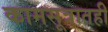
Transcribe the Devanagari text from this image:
कामसूत्रातही